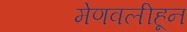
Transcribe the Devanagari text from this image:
मेणवलीहून